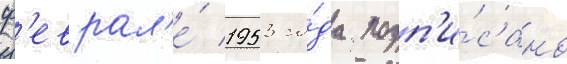
ф'еврал'е́ 1953 го́да подп'и́сано